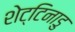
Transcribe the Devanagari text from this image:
शेट्टिनाडु